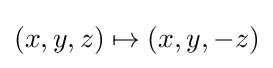
(x,y,z)\mapsto (x,y,-z)